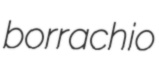
borrachio